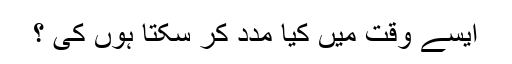
ایسے وقت میں کیا مدد کر سکتا ہوں کی ؟